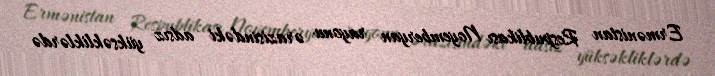
Ermənistan Respublikası Noyemberyan rayonu ərazisindəki adsız yüksəkliklərdə